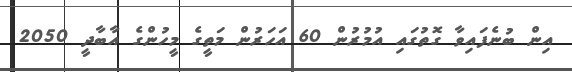
އިން ބުނެފައިވާ ގޮތުގައި އުމުރުން 60 އަހަރުން މަތީގެ މީހުންގެ އާބާދީ 2050